Civil Veterinary Department. Madras. Admin. report 1910-25 - 1910-1925
Year: 1910
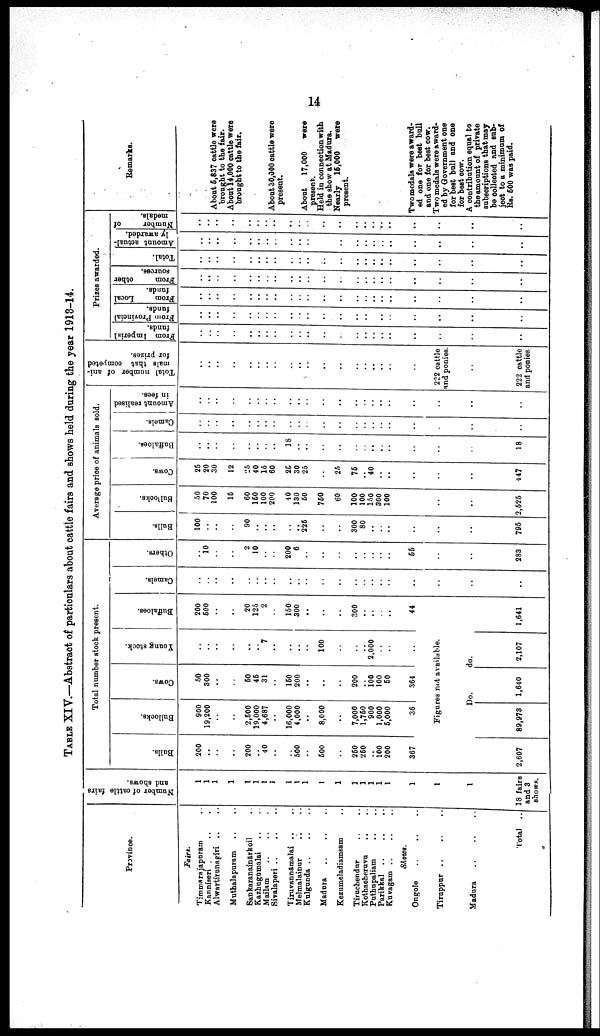
14
TABLE XIV.—Abstract of particulars about cattle fairs and shows held during the year 1913-14.
Province.
Fairs.
Timmarajapuram ..
Kanniseri ......
Alwartirunagiri ....
Muthalapuram ....
Sankaranainārkoil ..
Kazhugumalai ....
Mailam ......
Sivalaperi ......
Tiruvannamalai ....
Melmalainur ....
Kulgunda ......
Madura ......
Kezumeladiamsam ..
Tiruchendur ....
Kothacheruvu ....
Puthupaliam ....
Parikkal ......
Kuvagam ......
Shows.
Ongole
......
Tiruppur ......
Madura ......
Total
Number of cattle fairs
and shows.
1
1
1
1
1
1
1
1
1
1
1
I
1
1
1
1
1
1
1
1
1
18 fairs
and 3
snows.
Total number stock present.
Balls.
200
..
..
..
200
..
40
..
..
500
..
500
250
250
..
100
200
367
2,607
Bullocks.
900
19,200
..
..
2,500
19,000
4,687
..
16,000
4,000
..
8,000
..
7,000
1,750
900
1,000
5,000
36
Cows.
50
300
..
..
50
45
31
..
150
200
..
..
200
..
100 100
50
364
Young stock.
..
..
..
..
..
..
7
..
..
..
..
100
..
..
2,000
...
..
..
Figures not available.
Do
89,973 1,640
do.
2,107
Buffaloes.
200
500
..
..
20
125
2
..
150
300
..
..
300
..
..
..
..
44
1,641
Camels.
..
..
..
..
..
..
..
..
..
..
..
..
..
..
..
..
..
..
..
..
..
Others.
..
10
..
..
2
10
..
..
200
6
..
..
..
..
55
..
..
283
Average price of animals sold.
Bulls.
100
..
..
..
90
..
..
..
..
..
225
..
..
300
80
..
..
...
..
795
Bullooks.
50
70
100
15
60
150
100
200
40
130
50
750
60
100
100
150
300
100
..
..
..
2,525
Cows.
25
20
30
12
25
40
15
60
25
30
25
..
25
..
75
..
40
..
..
..
..
..
447
Buffaloes.
..
..
..
..
..
..
..
18
..
..
..
..
..
..
..
..
..
...
..
..
..
18
Camels.
..
..
..
..
..
..
..
..
..
..
..
..
..
..
..
..
..
..
..
..
..
..
..
Amount realised
in fees.
..
..
..
..
..
..
..
..
..
..
..
.. ..
..
..
..
..
..
..
..
..
..
..
..
Total number of ani
mals that competed
for prizes.
..
..
..
..
..
..
..
..
..
..
..
..
..
..
..
..
..
..
222 cattle
and ponies.
..
222 cattle
and ponies.
Prizes awarded.
From Imperial
funds.
..
..
..
..
..
.
..
..
..
..
..
..
... ..
.. ..
..
..
..
..
..
..
..
..
..
..
From Provincial
funds.
..
..
..
..
..
..
.
..
..
..
..
..
.. ..
.. ..
..
..
..
..
..
..
..
..
..
..
From
Local
funds.
..
..
..
..
..
..
..
..
..
..
...
.. ..
..
..
..
..
..
..
..
..
..
..
From
other
sources.
..
..
..
..
..
..
..
....
..
...
..
..
.. ..
..
..
..
..
..
..
..
..
..
Total.
..
..
..
..
..
..
..
..
..
..
..
..
..
..
..
..
..
..
..
..
..
Amount actual-
ly
awarded.
..
..
..
..
..
..
.. ..
..
..
..
..
..
..
..
..
..
..
..
Number
of
models.
..
..
..
..
..
..
..
..
..
..
..
..
.. ..
..
..
..
..
..
..
..
..
..
..
..
Remarks.
About 5,837 cattle were
brought to the fair.
About 14,000 cattle were
brought to the fair.
..
About 30,000 cattle were
present.
About
17,000
were
present.
Held in connection with.
the show at Madura.
Nearly 15,000
were
present.
Two medals were award
ed one for best bull
and one for best cow.
Two medals were award
ed by Government one
for best bull and one
for best cow.
A contribution equal to
the amount of private
subscriptions that may
be collected and sub-
ject to a minimum of
RS. 500 was paid.